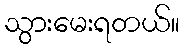
သွားမေးရတယ်။